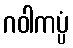
ဂဝါကပ္ပံ